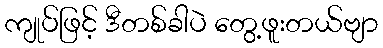
ကျုပ်ဖြင့် ဒီတစ်ခါပဲ တွေ့ဖူးတယ်ဗျာ